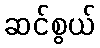
ဆင်စွယ်